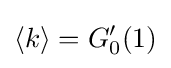
{\langle k\rangle }=G'_{0}(1)